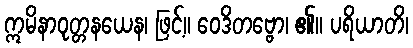
ဣမိနာဝုတ္တနယေန၊ ဖြင့်။ ဝေဒိတဗ္ဗော၊ ၏။ ပရိယာတိ၊